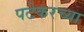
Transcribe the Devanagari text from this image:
पटेकरच्या